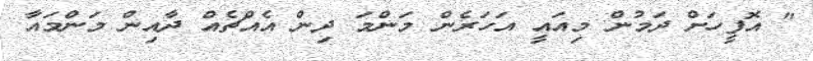
" އޮފީހަށް ދަމުން މިއައީ އަހަރެން މަންމަ ދިން އެއްޗެއް ދާއިން މަންމައާ